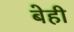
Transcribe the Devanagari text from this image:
बेही